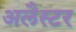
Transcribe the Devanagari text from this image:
अलैस्टर